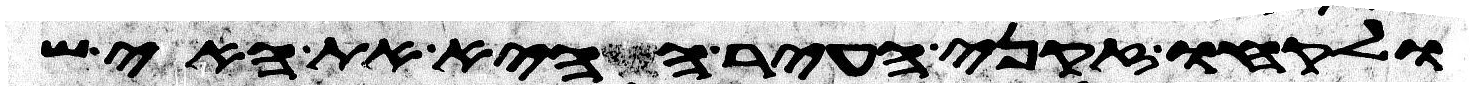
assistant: ולקחו זקני העיר ההיא את האיש